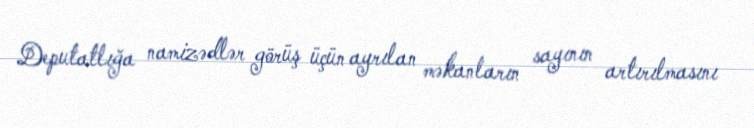
Deputatlığa namizədlər görüş üçün ayrılan məkanların sayının artırılmasını